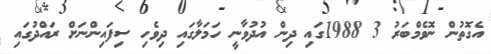
އެގޮތުން ނޮވެމްބަރު 3 1988ގައި ދިން އުދުވާނީ ހަމަލާގައި ދިވެހި ސިފައިންނަށް ރައްދުގައި